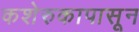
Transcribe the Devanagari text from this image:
कशेरुकापासून